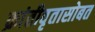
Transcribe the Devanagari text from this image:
क्रांतीवृतासोबत